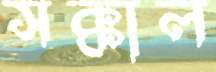
সক্কাল